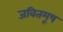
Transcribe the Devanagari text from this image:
जवितमूष